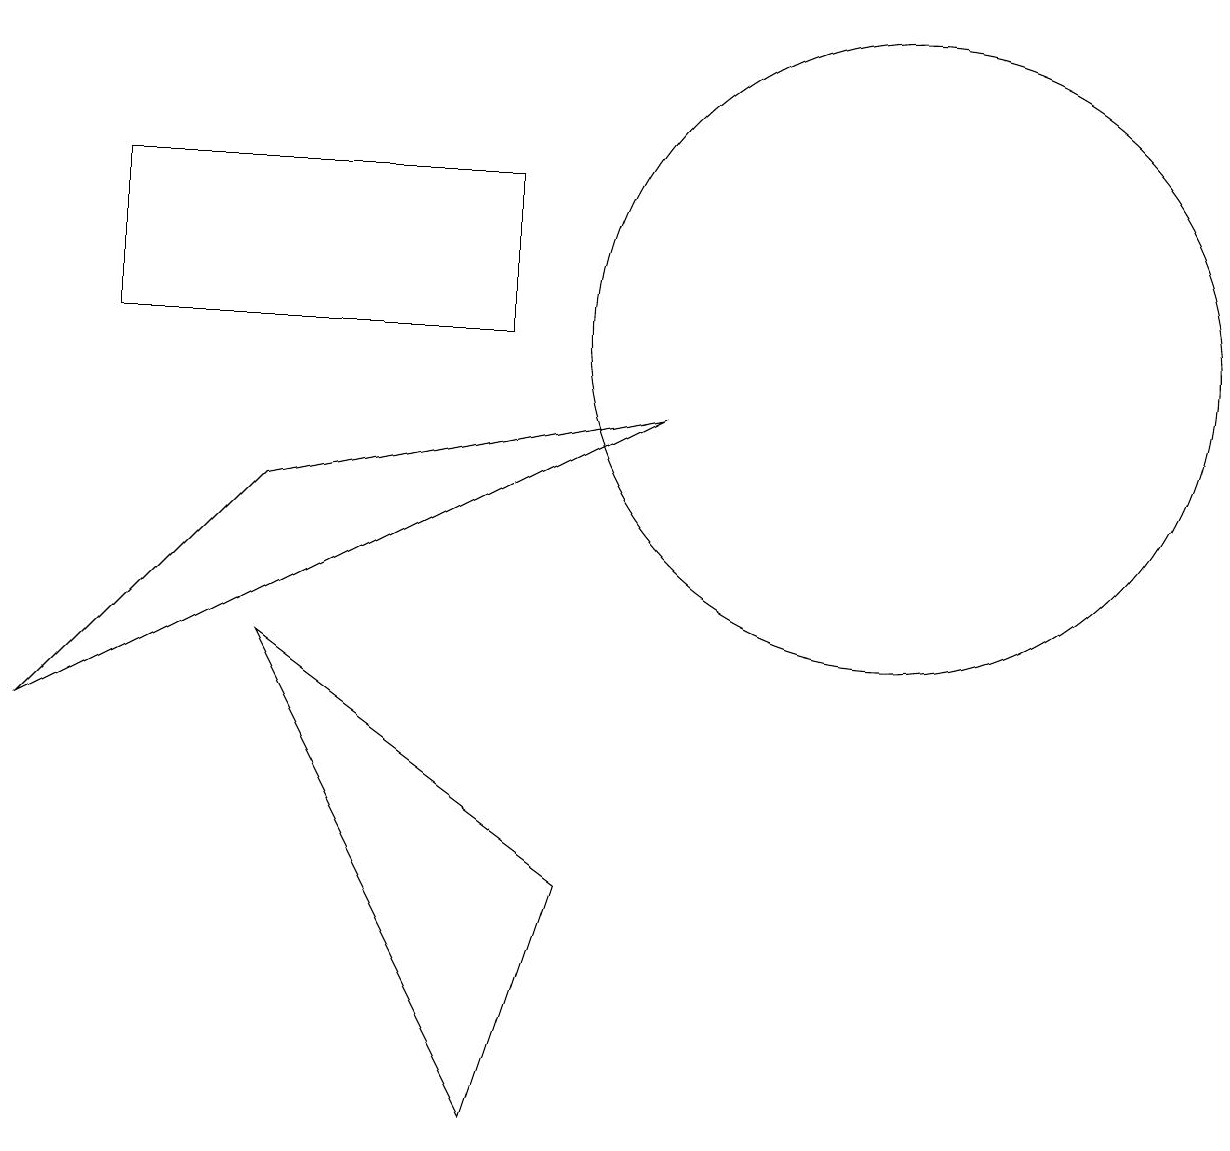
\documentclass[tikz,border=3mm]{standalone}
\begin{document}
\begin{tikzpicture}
\draw (7,0) -- (4,6) -- (8,3) -- cycle;
\draw (2,12) rectangle (7,10);
\draw (12,10) circle (4);
\draw (4,8) -- (1,5) -- (9,9) -- cycle;
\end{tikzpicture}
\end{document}